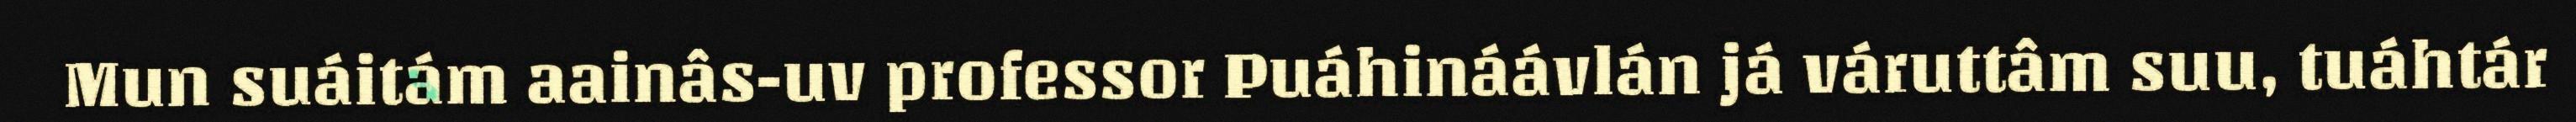
Mun suáitám aainâs-uv professor Puáhináávlán já váruttâm suu, tuáhtár